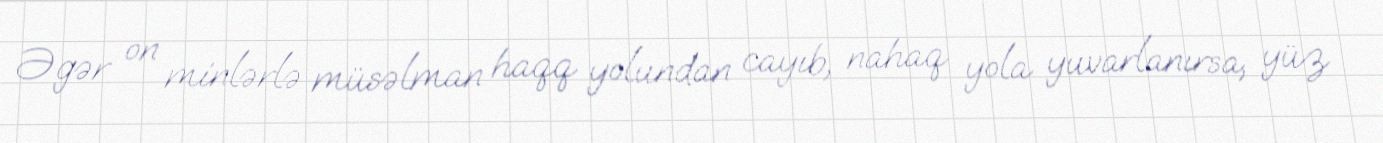
Əgər on minlərlə müsəlman haqq yolundan cayıb, nahaq yola yuvarlanırsa, yüz